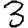
Digit: 3